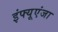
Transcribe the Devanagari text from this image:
इंफ्यूएंजा